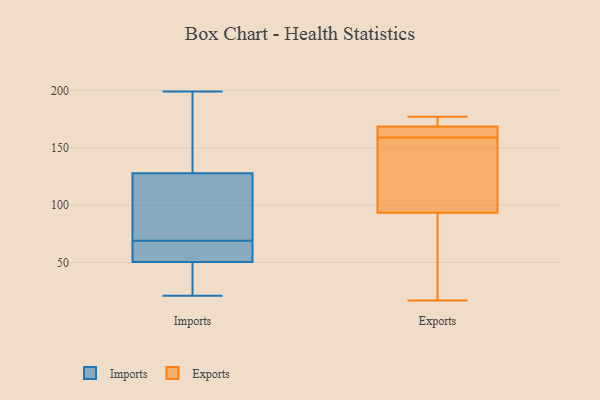
{"axis": {"x": "Humidity (%)", "y": "Value"}, "legend": ["Exports", "Imports"], "data": [{"x": "", "y": 39, "type": "Imports"}, {"x": "", "y": 114, "type": "Imports"}, {"x": "", "y": 87, "type": "Imports"}, {"x": "", "y": 67, "type": "Imports"}, {"x": "", "y": 36, "type": "Imports"}, {"x": "", "y": 194, "type": "Imports"}, {"x": "", "y": 169, "type": "Imports"}, {"x": "", "y": 65, "type": "Imports"}, {"x": "", "y": 93, "type": "Imports"}, {"x": "", "y": 199, "type": "Imports"}, {"x": "", "y": 91, "type": "Imports"}, {"x": "", "y": 185, "type": "Imports"}, {"x": "", "y": 46, "type": "Imports"}, {"x": "", "y": 67, "type": "Imports"}, {"x": "", "y": 21, "type": "Imports"}, {"x": "", "y": 69, "type": "Imports"}, {"x": "", "y": 52, "type": "Imports"}, {"x": "", "y": 68, "type": "Exports"}, {"x": "", "y": 161, "type": "Exports"}, {"x": "", "y": 90, "type": "Exports"}, {"x": "", "y": 160, "type": "Exports"}, {"x": "", "y": 104, "type": "Exports"}, {"x": "", "y": 17, "type": "Exports"}, {"x": "", "y": 177, "type": "Exports"}, {"x": "", "y": 159, "type": "Exports"}, {"x": "", "y": 175, "type": "Exports"}, {"x": "", "y": 136, "type": "Exports"}, {"x": "", "y": 171, "type": "Exports"}]}